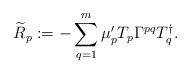
LaTeX: \begin{align*} {\widetilde{R}}_p:=-\sum_{q=1}^m \mu'_p T_p \Gamma^{pq} T_q^{\dag}.\end{align*}